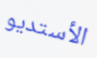
الأستديو